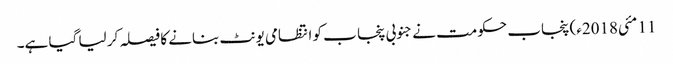
11 مئی2018ء) پنجاب حکومت نے جنوبی پنجا ب کو انتظامی یونٹ بنانے کا فیصلہ کر لیا گیا ہے۔